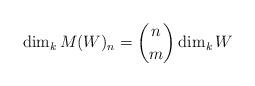
LaTeX: \begin{align*}\dim_k M(W)_n = \binom{n}{m} \dim_k W \end{align*}